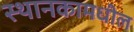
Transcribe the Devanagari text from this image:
स्थानकामधील